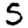
Digit: 5